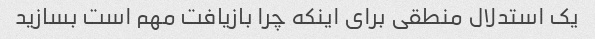
یک استدلال منطقی برای اینکه چرا بازیافت مهم است بسازید